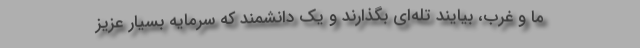
ما و غرب، بیایند تله‌ای بگذارند و یک دانشمند که سرمایه بسیار عزیز